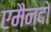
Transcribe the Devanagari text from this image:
एमैन्दो